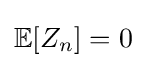
\mathbb {E} [Z_{n}]=0